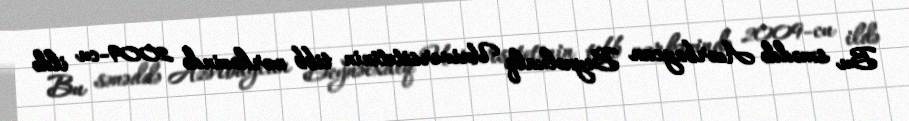
Bu sənəddə Azərbaycan Beynəlxalq Universitetinin tibb mərkəzində 2009-cu ildə